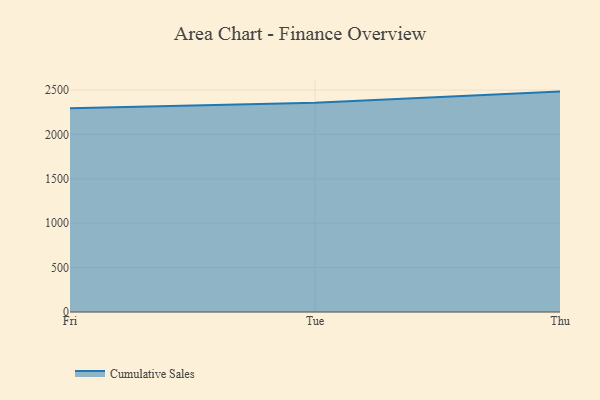
{"axis": {"x": "Day", "y": "Customer Acquisition Cost (USD)"}, "legend": ["Cumulative Sales"], "data": [{"x": "Fri", "y": 2294.2, "type": "Cumulative Sales"}, {"x": "Tue", "y": 2357.0, "type": "Cumulative Sales"}, {"x": "Thu", "y": 2482.8, "type": "Cumulative Sales"}]}